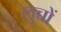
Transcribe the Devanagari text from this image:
लुच्चों